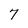
Character: 7